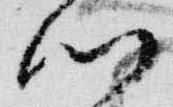
門